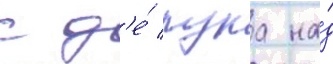
с д'е́ лука на́д